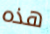
هذه